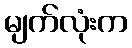
မျက်လုံးက